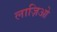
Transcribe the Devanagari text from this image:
लाज़िओ